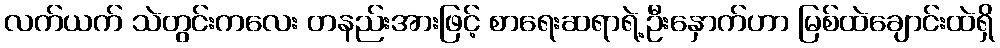
လက်ယက် သဲတွင်းကလေး တနည်းအားဖြင့် စာရေးဆရာရဲ့ဦးနှောက်ဟာ မြစ်ထဲချောင်းထဲရှိ